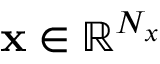
\mathbf { x } \in \mathbb { R } ^ { N _ { x } }